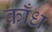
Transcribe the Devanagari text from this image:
काँध